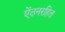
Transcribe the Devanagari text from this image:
ऐंठनरहित